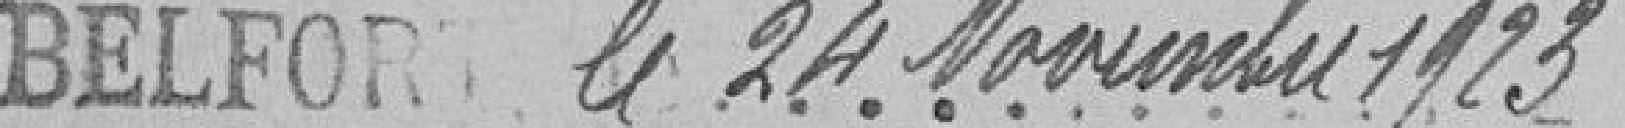
Belfort le 24 novembre 1923